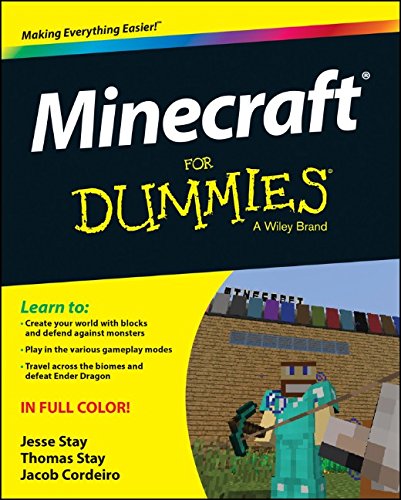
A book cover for Minecraft For Dummies; Jesse Stay; Humor & Entertainment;